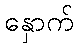
နှောက်